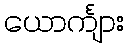
ယောင်္ကျား